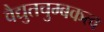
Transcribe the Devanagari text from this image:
वैद्युतचुम्बकत्व